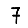
Digit: 7